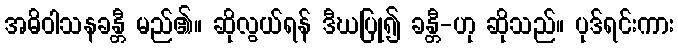
အဓိဝါသနခန္တီ မည်၏။ ဆိုလွယ်ရန် ဒီဃပြု၍ ခန္တီ-ဟု ဆိုသည်။ ပုဒ်ရင်းကား